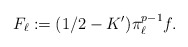
\begin{align*} F_\ell:=(1/2-K^\prime)\pi_\ell^{p-1}f.\end{align*}